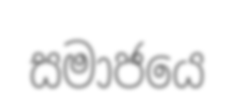
සමාජයෙ